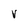
Character: v